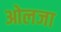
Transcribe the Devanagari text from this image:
ओलजा